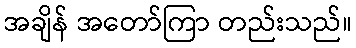
အချိန် အတော်ကြာ တည်းသည်။